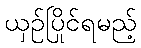
ယှဉ်ပြိုင်ရမည့်